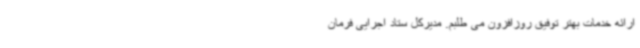
ارائه خدمات بهتر توفیق روزافزون می طلبم. مدیرکل ستاد اجرایی فرمان